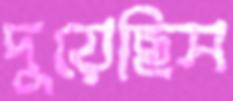
দুয়েছিস